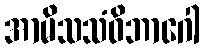
အာမိသသံဝိဘာဂေါ